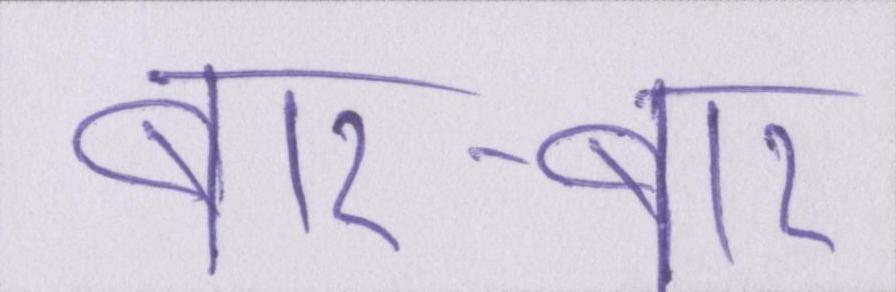
बार-बार